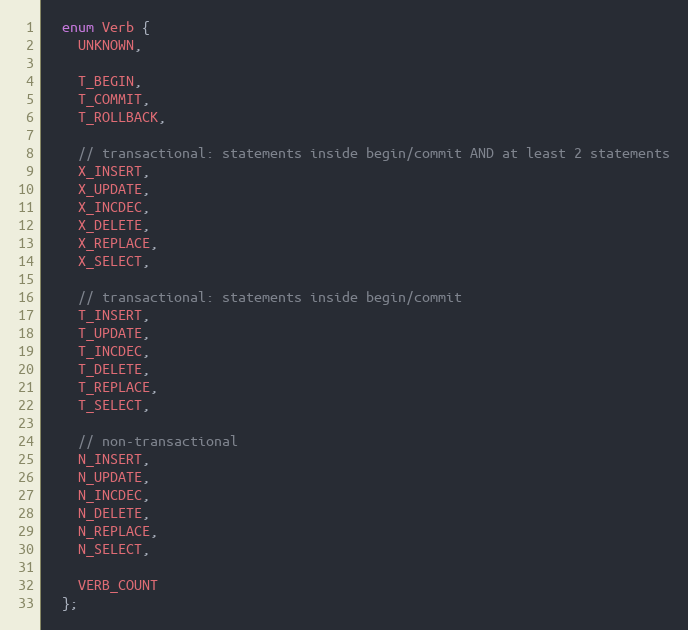
Language: C
  enum Verb {
    UNKNOWN,

    T_BEGIN,
    T_COMMIT,
    T_ROLLBACK,

    // transactional: statements inside begin/commit AND at least 2 statements
    X_INSERT,
    X_UPDATE,
    X_INCDEC,
    X_DELETE,
    X_REPLACE,
    X_SELECT,

    // transactional: statements inside begin/commit
    T_INSERT,
    T_UPDATE,
    T_INCDEC,
    T_DELETE,
    T_REPLACE,
    T_SELECT,

    // non-transactional
    N_INSERT,
    N_UPDATE,
    N_INCDEC,
    N_DELETE,
    N_REPLACE,
    N_SELECT,

    VERB_COUNT
  };